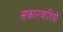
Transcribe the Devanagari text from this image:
सकारवादियों